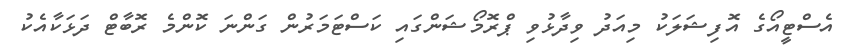
އެސްޓީއޯގެ އޮފިޝަލަކު މިއަދު ވިދާޅުވި ޕްރޮމޯޝަންގައި ކަސްޓަމަރުން ގަންނަ ކޮންމެ ރޮބާޓް ދަޅަކާއެކު